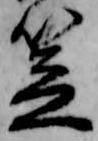
笠